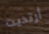
أرتديت